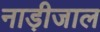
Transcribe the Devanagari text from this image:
नाड़ीजाल